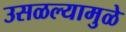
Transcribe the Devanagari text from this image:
उसळल्यामुळे